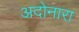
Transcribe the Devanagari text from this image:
अदोनारा